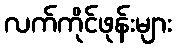
လက်ကိုင်ဖုန်းများ